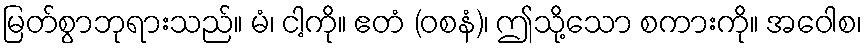
မြတ်စွာဘုရားသည်။ မံ၊ ငါ့ကို။ ဧတံ (ဝစနံ)၊ ဤသို့သော စကားကို။ အဝေါစ၊